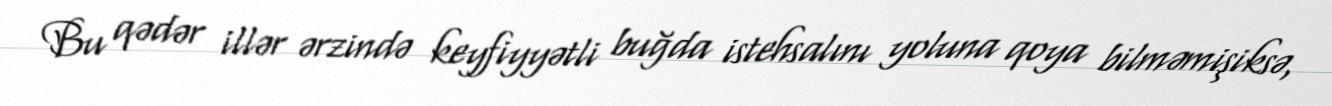
Bu qədər illər ərzində keyfiyyətli buğda istehsalını yoluna qoya bilməmişiksə,